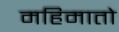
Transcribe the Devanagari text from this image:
महिमातो